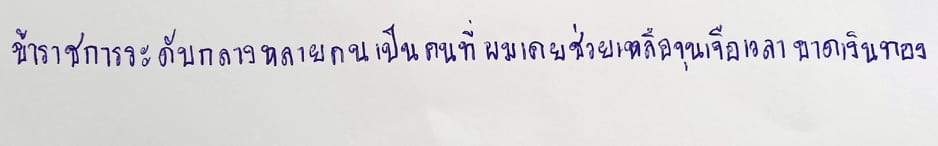
ข้าราชการระดับกลางหลายคนเป็นคนที่ผมเคยช่วยเหลือจุนเจือเวลาขาดเงินทอง